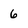
Character: 6